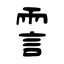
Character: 霅